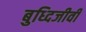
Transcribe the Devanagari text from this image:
बुध्दिजीवी